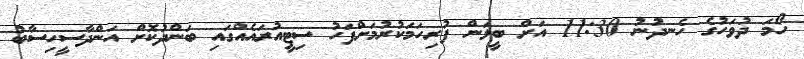
ހޯމަ ދުވަހުގެ ހެނދުނު 11:30 އަށް ބީލަން ފުރިހަމަކުރުމަށްފަހު ސިޓީއުރައެއްގައި ބަންދުކޮށް އަންދާސީހިސާބު